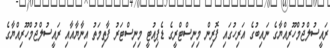
ރައީސުލްޖުމްހޫރިއްޔާގެ ނައިބުގެ އަރިހުގައި ފޮރިން މިނިސްޓްރީގެ ޑެޕިއުޓީ މިނިސްޓަރު ފާތިމަތު އިނާޔާއާއި ރައީސުލްޖުމްހޫރިއްޔާގެ